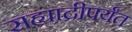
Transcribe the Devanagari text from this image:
सह्याद्रीपर्यंत